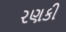
રણકી